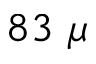
8 3 ~ \mu